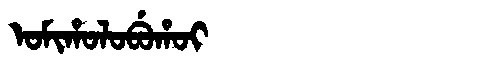
Manchu: ᠣᠮᡳᡥᠣᠯᠣᠪᡠᡥᠣᡳ
Romanization: OMIHOLOBUHOI